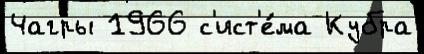
Чагры 1966 с'ист'е́ма Кубра